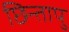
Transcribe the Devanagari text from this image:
छिन्तापु